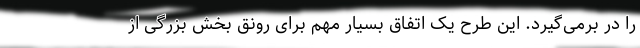
را در برمی‌گیرد. این طرح یک اتفاق بسیار مهم برای رونق بخش بزرگی از